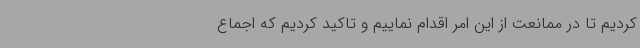
کردیم تا در ممانعت از این امر اقدام نماییم و تاکید کردیم که اجماع